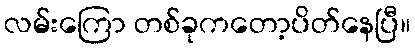
လမ်းကြော တစ်ခုကတော့ပိတ်နေပြီ။